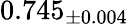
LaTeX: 0.745_{\pm 0.004}